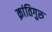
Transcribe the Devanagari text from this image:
क्रांतिगुरु